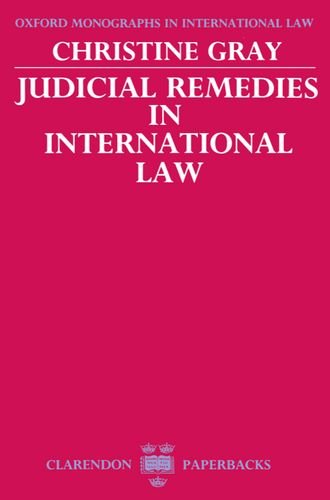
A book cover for Judicial Remedies in International Law (Oxford Monographs in International Law); Christine D. Gray; Law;